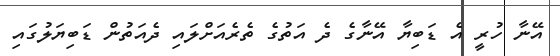
އޭނާ ހުރީ އެ ޑަބިޔާ އޭނާގެ ދެ އަތުގެ ތެރެއަށްލައި ދެއަތުން ޑަބިޔަލުގައި